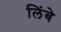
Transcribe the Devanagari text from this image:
लिंबे